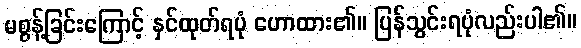
မစွန့်ခြင်းကြောင့် နှင်ထုတ်ရပုံ ဟောထား၏။ ပြန်သွင်းရပုံလည်းပါ၏။